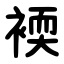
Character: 䙇